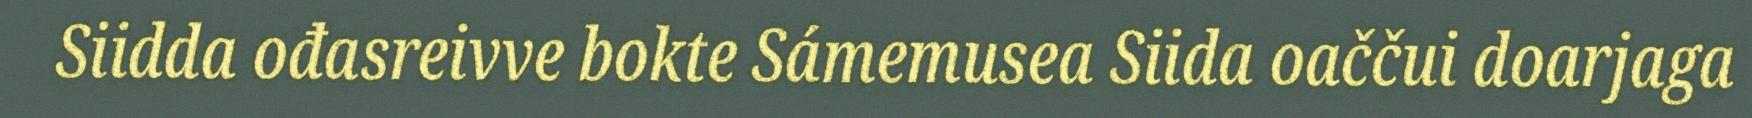
Siidda ođasreivve bokte Sámemusea Siida oaččui doarjaga